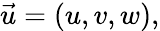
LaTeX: {\vec{u}}=(u,v,w),